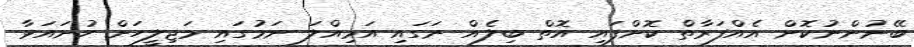
ބޭނުންނުކޮށް އެއްފަރާތް ކޮށްފައި އޮތް ބިލެއް ނަގައި އަމިއްލަ ނަމުގައި މަޖިލީހަށް ހުށައަޅާ